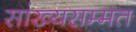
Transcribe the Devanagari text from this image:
सांख्यसम्मत